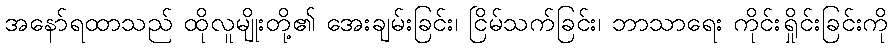
အနော်ရထာသည် ထိုလူမျိုးတို့၏ အေးချမ်းခြင်း၊ ငြိမ်သက်ခြင်း၊ ဘာသာရေး ကိုင်းရှိုင်းခြင်းကို